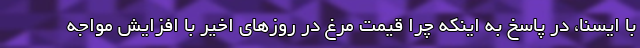
با ایسنا، در پاسخ به اینکه چرا قیمت مرغ در روزهای اخیر با افزایش مواجه